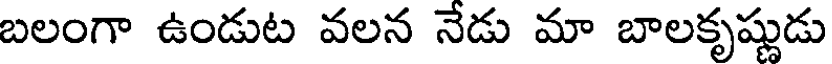
బలంగా ఉండుట వలన నేడు మా బాలకృష్ణుడు